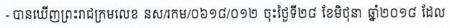
- បានឃើញព្រះរាជក្រមលេខ នស/រកម/០៦១៨/០១២ ចុះថ្ងៃទី២៨ ខែមិថុនា ឆ្នាំ២០១៨ ដែល